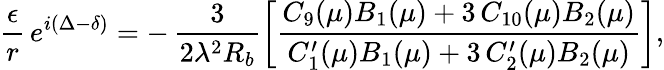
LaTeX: \frac{\epsilon}{r}\, e^{i(\Delta-\delta)}=-\, \frac{3}{2\lambda^{2}R_{b}}\left[\frac{C_{9}(\mu)B_{1}(\mu)+3\, C_{10}(\mu)B_{2}(\mu)}{C_{1}^{\prime}(\mu)B_{1}(\mu)+3\, C_{2}^{\prime}(\mu)B_{2}(\mu)}\right],